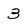
Character: 3